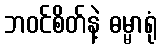
ဘဝင်စိတ်နဲ့ ဓမ္မာရုံ